Vaccination in the Punjab 1897-1904 - 1897-1904
Year: 1897
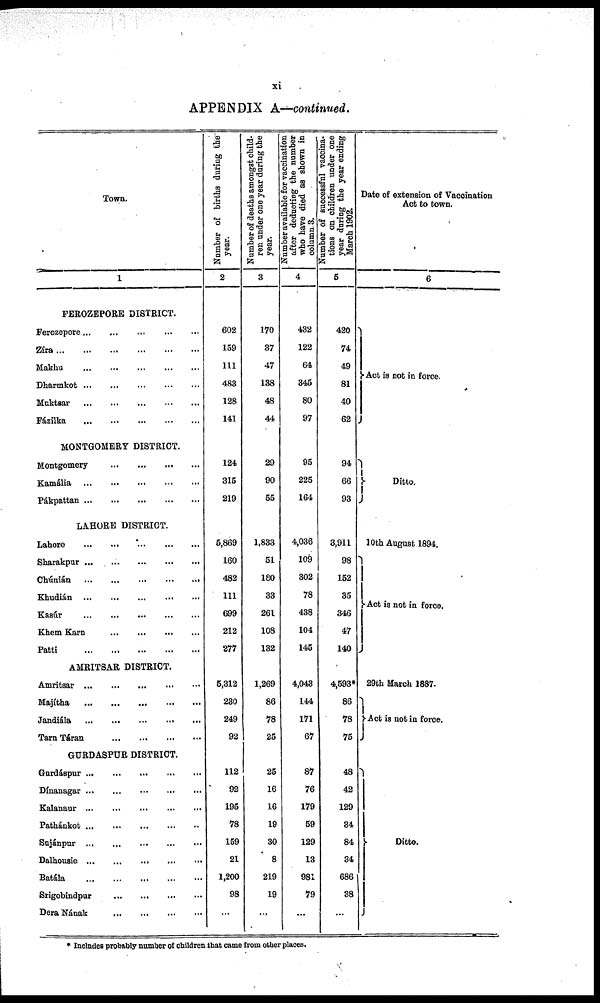
xi
APPENDIX A—continued.
Town.
1
FEROZEPORE DISTRICT.
Ferozepore ... ... ... ... ... ...
Zíra
...
...
...
...
...
...
Makhu
...
...
...
...
...
...
Dharmkot
...
...
...
...
...
...
Muktsar
...
...
...
...
...
...
Fázilka
...
...
...
...
...
...
MONTGOMERY DISTRICT.
Montgomery ... ... ... ... ... ...
Kamália
...
...
...
...
...
...
Pákpattan ... ... ... ... ... ...
LAHORE DISTRICT.
Lahore
...
...
...
...
...
...
Sharakpur ... ... ... ... ... ...
Chúnián
...
...
...
...
...
...
Khudián
...
...
...
...
...
...
Kasúr
...
...
...
...
...
...
Khem Karn ... ... ... ... ... ...
Patti
...
...
...
...
...
...
AMRITSAR DISTRICT.
Amritsar
...
...
...
...
...
...
Majítha
...
...
...
...
...
...
Jandíála
...
...
...
...
...
...
Tarn Táran ... ... ... ... ... ...
GURDASPUR DISTRICT.
Gurdáspur ... ... ... ... ... ...
Dínanagar ... ... ... ... ... ...
Kalanaur
...
...
...
...
...
...
Pathánkot ... ... ... ... ... ...
Sujánpur
...
...
...
...
...
...
Dalhousie
...
...
...
...
...
...
Batála
...
...
...
...
...
...
Srigobindpur ... ... ... ... ... ...
Dera Nának ... ... ... ... ... ...
Number of births during the
year.
2
602
159
111
483
128
141
124
315
219
5,869
160
482
111
699
212
277
5,312
230
249
92
112
92
195
78
159
21
1,200
98
...
Number of deaths amongst child-
ren under one year during the
year.
3
170
37
47
138
48
44
29
90
55
1,833
51
180
33
261
108
132
1,269
86
78
25
25
16
16
19
30
8
219
19
...
Number available for vaccination
after deducting the number
who have died as shown in
column 3.
4
432
122
64
345
80
97
95
225
164
4,036
109
302
78
438
104
145
4,043
144
171
67
87
76
179
59
129
13
981
79
...
Number of successful vaccina-
tions on children under one
year during the year ending
March 1902.
5
420
74
49
81
40
62
94
66
93
3,911
98
152
35
346
47
140
4,593*
86
78
75
48
42
129
34
84
34
686
38
...
Date of extension of Vaccination
Act to town.
6
Act is not in force.
Ditto.
10th August 1894.
Act is not in force.
29th March 1887.
Act is not in force.
Ditto.
* Includes probably number of children that came from other places.